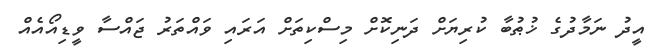
އީދު ނަމާދުގެ ޚުޠުބާ ކުރިޔަށް ދަނިކޮށް މިސްކިތަށް އަރައި ވައްތަރު ޖައްސާ ވީޑިއޯއެއް